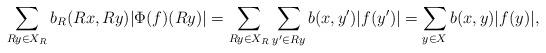
LaTeX: \begin{align*}\sum_{Ry \in X_R} b_R(Rx,Ry) |\Phi(f)(Ry)| = \sum_{Ry \in X_R} \sum_{y' \in Ry}b(x,y')|f(y')| = \sum_{y \in X} b(x,y)|f(y)| ,\end{align*}